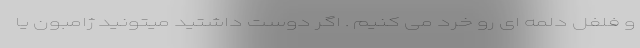
و فلفل دلمه ای رو خرد می کنیم . اگر دوست داشتید میتونید ژامبون یا